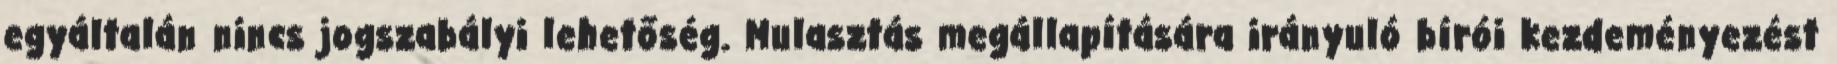
egyáltalán nincs jogszabályi lehetőség. Mulasztás megállapítására irányuló bírói kezdeményezést